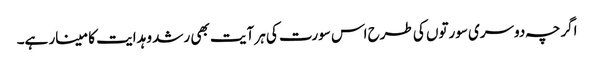
اگرچہ دوسری سورتوں کی طرح اس سورت کی ہر آیت بھی رشد و ہدایت کا مینار ہے۔